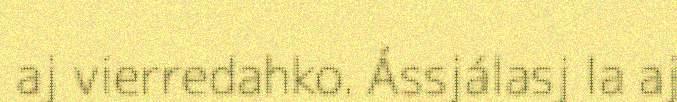
aj vierredahko. Ássjálasj la aj